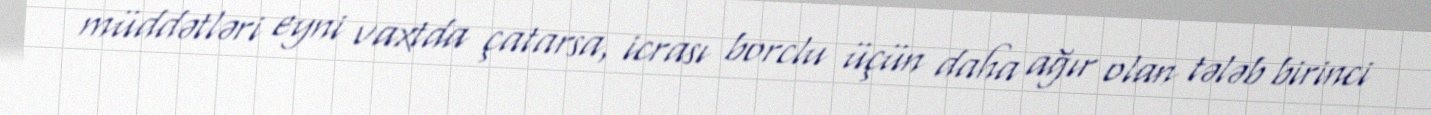
müddətləri eyni vaxtda çatarsa, icrası borclu üçün daha ağır olan tələb birinci